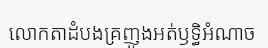
លោកតាដំបងគ្រញូងអត់ឫទ្ធិអំណាច